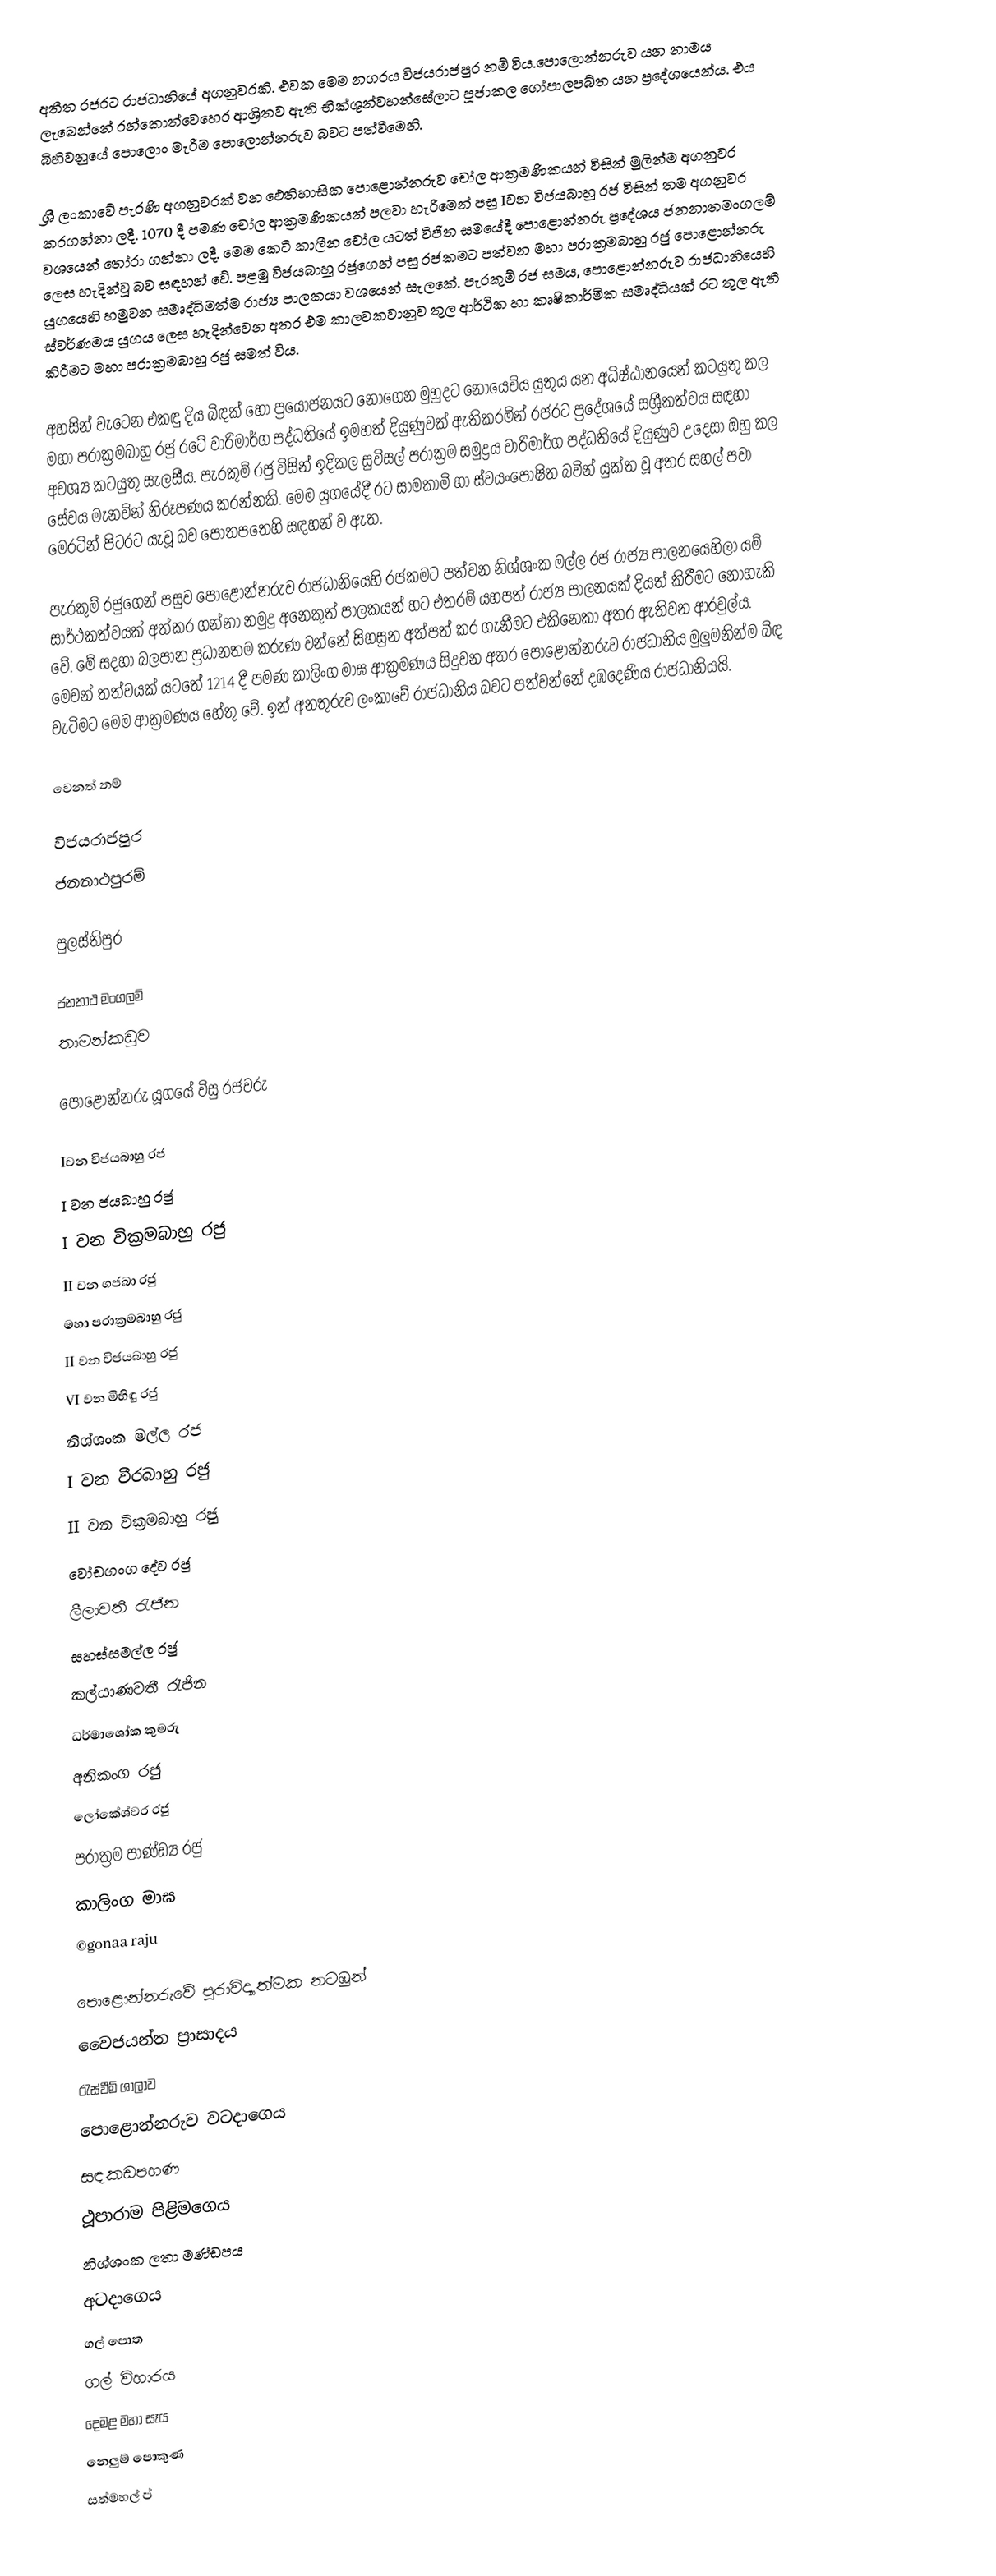
අතීත රජරට රාජධානියේ අගනුවරකි. එවක මෙම නගරය විජයරාජපුර නම් විය.පොලොන්නරුව යන නාමය ලැබෙන්නේ රන්කොත්වෙහෙර ආශ්‍රිතව ඇති භික්ශූන්වහන්සේලාට පූජාකල ගෝපාලපබ්ත යන ප්‍රදේශයෙන්ය. එය බිහිවනුයේ පොලොං මැරීම පොලොන්නරුව බවට පත්වීමෙනි.

ශ්‍රී ලංකාවේ පැරණි අගනුවරක් වන  ඵෙතිහාසික  පොළොන්නරුව  චෝල ආක්‍රමණිකයන් විසින් මුලින්ම අගනුවර කරගන්නා ලදී. 1070 දී පමණ චෝල ආක්‍රමණිකයන් පලවා හැරීමෙන් පසු Iවන විජයබාහු රජ විසින් තම අගනුවර වශයෙන් තෝරා ගන්නා ලදී. මෙම කෙටි කාලීන චෝල යටත් විජිත සමයේදී පොළොන්නරු ප්‍රදේශය ජනනාතමංගලම් ලෙස හැදින්වූ බව සඳහන් වේ. පළමු විජයබාහූ රජුගෙන් පසු රජකමට පත්වන මහා පරාක්‍රමබාහු රජු පොළොන්නරු යුගයෙහි හමුවන සමෘද්ධිමත්ම රාජ්‍ය පාලකයා වශයෙන් සැලකේ.  පැරකුම් රජ සමය, පොළොන්නරුව රාජධානියෙහි ස්වර්ණමය  යුගය ලෙස හැදින්වෙන අතර එම කාලවකවානුව තුල ආර්ථික හා කෘෂිකාර්මික සමෘද්ධියක් රට තුල ඇති කිරීමට මහා පරාක්‍රමබාහු රජු  සමත් විය.

අහසින් වැටෙන එකඳු දිය බිඳක් හෝ ප්‍රයෝජනයට නොගෙන මුහුදට නොයෙවිය යුතුය යන අධිෂ්ඨානයෙන් කටයුතු කල මහා පරාක්‍රමබාහු රජු  රටේ වාරිමාර්ග පද්ධතියේ ඉමහත් දියුණුවක් ඇතිකරමින් රජරට ප්‍රදේශයේ සශ්‍රීකත්වය සඳහා අවශ්‍ය කටයුතු සැලසීය. පැරකුම් රජු විසින් ඉදිකල සුවිසල් පරාක්‍රම සමුද්‍රය වාරිමාර්ග පද්ධතියේ දියුණුව උදෙසා ඔහු කල සේවය මැනවින් නිරූපණය කරන්නකි. මෙම යුගයේදී රට සාමකාමි හා ස්වයංපෝෂිත බවින් යුක්ත වූ අතර සහල් පවා මෙරටින් පිටරට යැවූ බව පොතපතෙහි සඳහන් ව ඇත.

පැරකුම් රජුගෙන් පසුව පොළොන්නරුව රාජධානියෙහි රජකමට පත්වන නිශ්ශංක මල්ල රජ රාජ්‍ය පාලනයෙහිලා යම් සාර්ථකත්වයක් අත්කර ගන්නා නමුදු අනෙකුත් පාලකයන් හට එතරම් යහපත් රාජ්‍ය පාලනයක් දියත් කිරීමට නොහැකි වේ. මේ සදහා බලපාන ප්‍රධානතම කරුණ වන්නේ සිහසුන අත්පත් කර ගැනීමට එකිනෙකා අතර ඇතිවන ආරවුල්ය. මෙවන් තත්වයක් යටතේ 1214 දී පමණ කාලිංග මාඝ ආක්‍රමණය සිදුවන අතර පොළොන්නරුව රාජධානිය මුලුමනින්ම බිඳ වැටිමට මෙම ආක්‍රමණය හේතු වේ. ඉන් අනතුරුව ලංකාවේ  රාජධානිය බවට පත්වන්නේ දඹදෙණිය රාජධානියයි.

වෙනත් නම්

 විජයරාජපුර
 ජනනාථපුරම්

 පුලස්තිපුර

 ජනනාථ මංගලම්
 තාමන්කඩුව

පොළොන්නරු යූගයේ විසු රජවරු

 Iවන විජයබාහු රජ
 I වන ජයබාහු රජු
 I වන වික්‍රමබාහු රජු
 II වන ගජබා රජු
 මහා පරාක්‍රමබාහු රජු
 II වන විජයබාහු රජු
 VI වන මිහිඳු රජු
 නිශ්ශංක මල්ල රජ
 I වන වීරබාහු රජු
 II වන වික්‍රමබාහු රජු
 වෝඩගංග දේව රජු
 ලීලාවතී රැජින
 සහස්සමල්ල රජු
 කල්යාණවතී රැජින
 ධර්මාශෝක කුමරු
 අනිකංග රජු
 ලෝකේශ්වර රජු
 පරාක්‍රම පාණ්ඩ්‍ය රජු
 කාලිංග මාඝ
©gonaa raju

පොළොන්නරුවේ පුරාවිද්‍යාත්මක නටඹුන්
 වෙෙජයන්ත ප්‍රාසාදය
 රැස්වීම් ශාලාව
 පොළොන්නරුව වටදාගෙය
 සඳකඩපහණ
 ථූපාරාම පිළිමගෙය
 නිශ්ශංක ලතා මණ්ඩපය
 අටදාගෙය
 ගල් පොත
 ගල් විහාරය
 දෙමළ මහා සෑය
 නෙලුම් පොකුණ
 සත්මහල් ප්